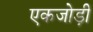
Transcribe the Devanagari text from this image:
एकजोड़ी